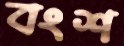
বংশ